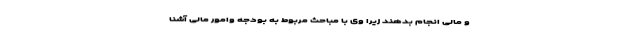
و مالی انجام بدهند زیرا وی با مباحث مربوط به بودجه وامور مالی آشنا